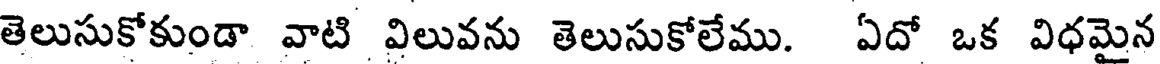
తెలుసుకోకుండా వాటి విలువను తెలుసుకోలేము. ఏదో ఒక విధమైన